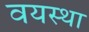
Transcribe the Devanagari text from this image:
वयस्था